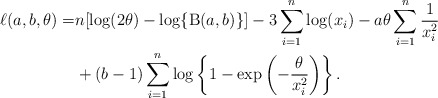
\begin{align*}\ell(a,b,\theta)=&n[\log(2\theta) - \log \{ \operatorname{B}(a,b) \}]-3 \sum^n_{i=1}\log (x_{i})-a\theta\sum^n_{i=1} \frac{1}{x^2_i}\\&+(b-1)\sum^{n}_{i=1}\log\left\{1- \exp\left(-\frac{\theta}{x_i^2}\right)\right\}.\end{align*}